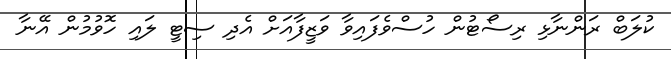
ކުލަބް ރަންނާޅި ރިސޯޓުން ހުސްވެފައިވާ ވަޒީފާއަށް އެދި ސިޓީ ލައި ހޮވުމުން އޭނާ